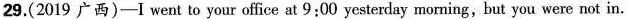
29.(2019广西)—I went to your office at 9:00 yesterday morning,but you were not in.